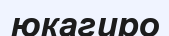
юкагиро